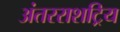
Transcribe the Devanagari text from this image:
अंतरराशट्रिय